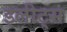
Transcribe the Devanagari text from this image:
इलीट्स